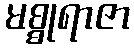
မစ္စုရာဇာ